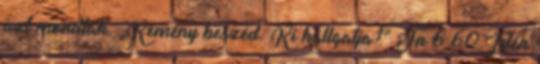
azt mondták: „Kemény beszéd. Ki hallgatja?” Jn 6,60 Idén